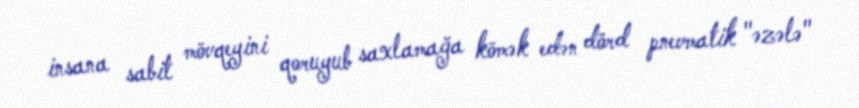
insana sabit mövqeyini qoruyub saxlamağa kömək edən dörd pnevmatik "əzələ"